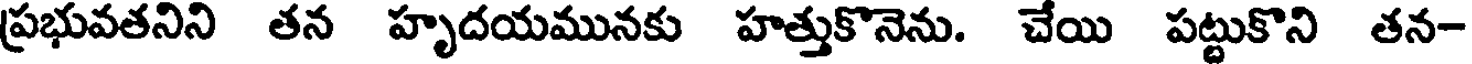
ప్రభువతనిని తన హృదయమునకు హత్తుకొనెను. చేయి పట్టుకొని తన-